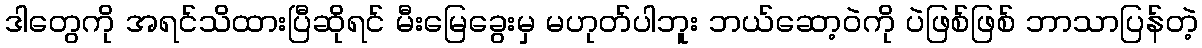
ဒါတွေကို အရင်သိထားပြီဆိုရင် မီးမြေခွေးမှ မဟုတ်ပါဘူး ဘယ်ဆော့ဝဲကို ပဲဖြစ်ဖြစ် ဘာသာပြန်တဲ့